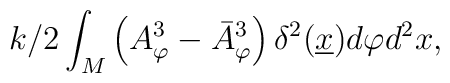
{k/2} \int_M \left(A^3_\varphi -     \bar{A}^3_\varphi\right)\delta^2(\underline{x})d\varphi d^2x,